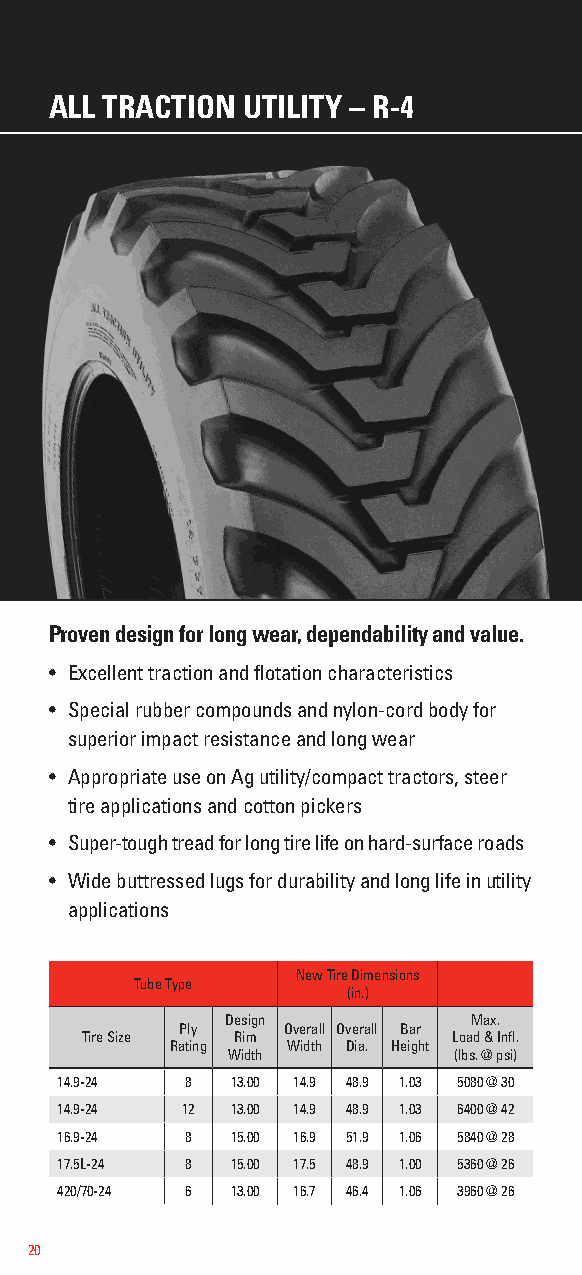
ALL TRACTION UTILITY – R-4
 Proven design for long wear, dependability and value.
 • Excellent traction and flotation characteristics
 • Special rubber compounds and nylon-cord body for
 superior impact resistance and long wear
 • Appropriate use on Ag utility/compact tractors, steer
 tire applications and cotton pickers
 • Super-tough tread for long tire life on hard-surface roads
 • Wide buttressed lugs for durability and long life in utility
 applications
 New Tire Dimensions
 Tube Type
 (in.)
 Design          Max.
 Ply    Overall Overall Bar
 Tire Size Rim            Load & Infl.
 Rating  Width Dia. Height
 Width          (lbs. @ psi)
 14.9-24 8  13.00 14.9 48.9 1.03 5080 @ 30
 14.9-24 12 13.00 14.9 48.9 1.03 6400 @ 42
 16.9-24 8  15.00 16.9 51.9 1.06 5840 @ 28
 17.5L-24 8 15.00 17.5 48.9 1.00 5360 @ 26
 420/70-24 6 13.00 16.7 46.4 1.06 3960 @ 26
 20